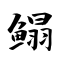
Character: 鳎